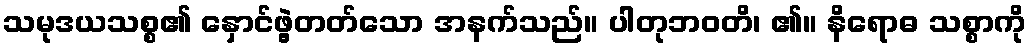
သမုဒယသစ္စ၏ နှောင်ဖွဲ့တတ်သော အနက်သည်။ ပါတုဘဝတိ၊ ၏။ နိရောဓ သစ္စာကို